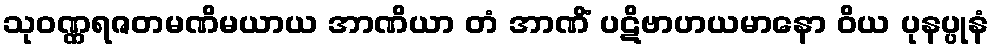
သုဝဏ္ဏရဇတမဏိမယာယ အာဏိယာ တံ အာဏိံ ပဋိဗာဟယမာနော ဝိယ ပုနပ္ပုနံ